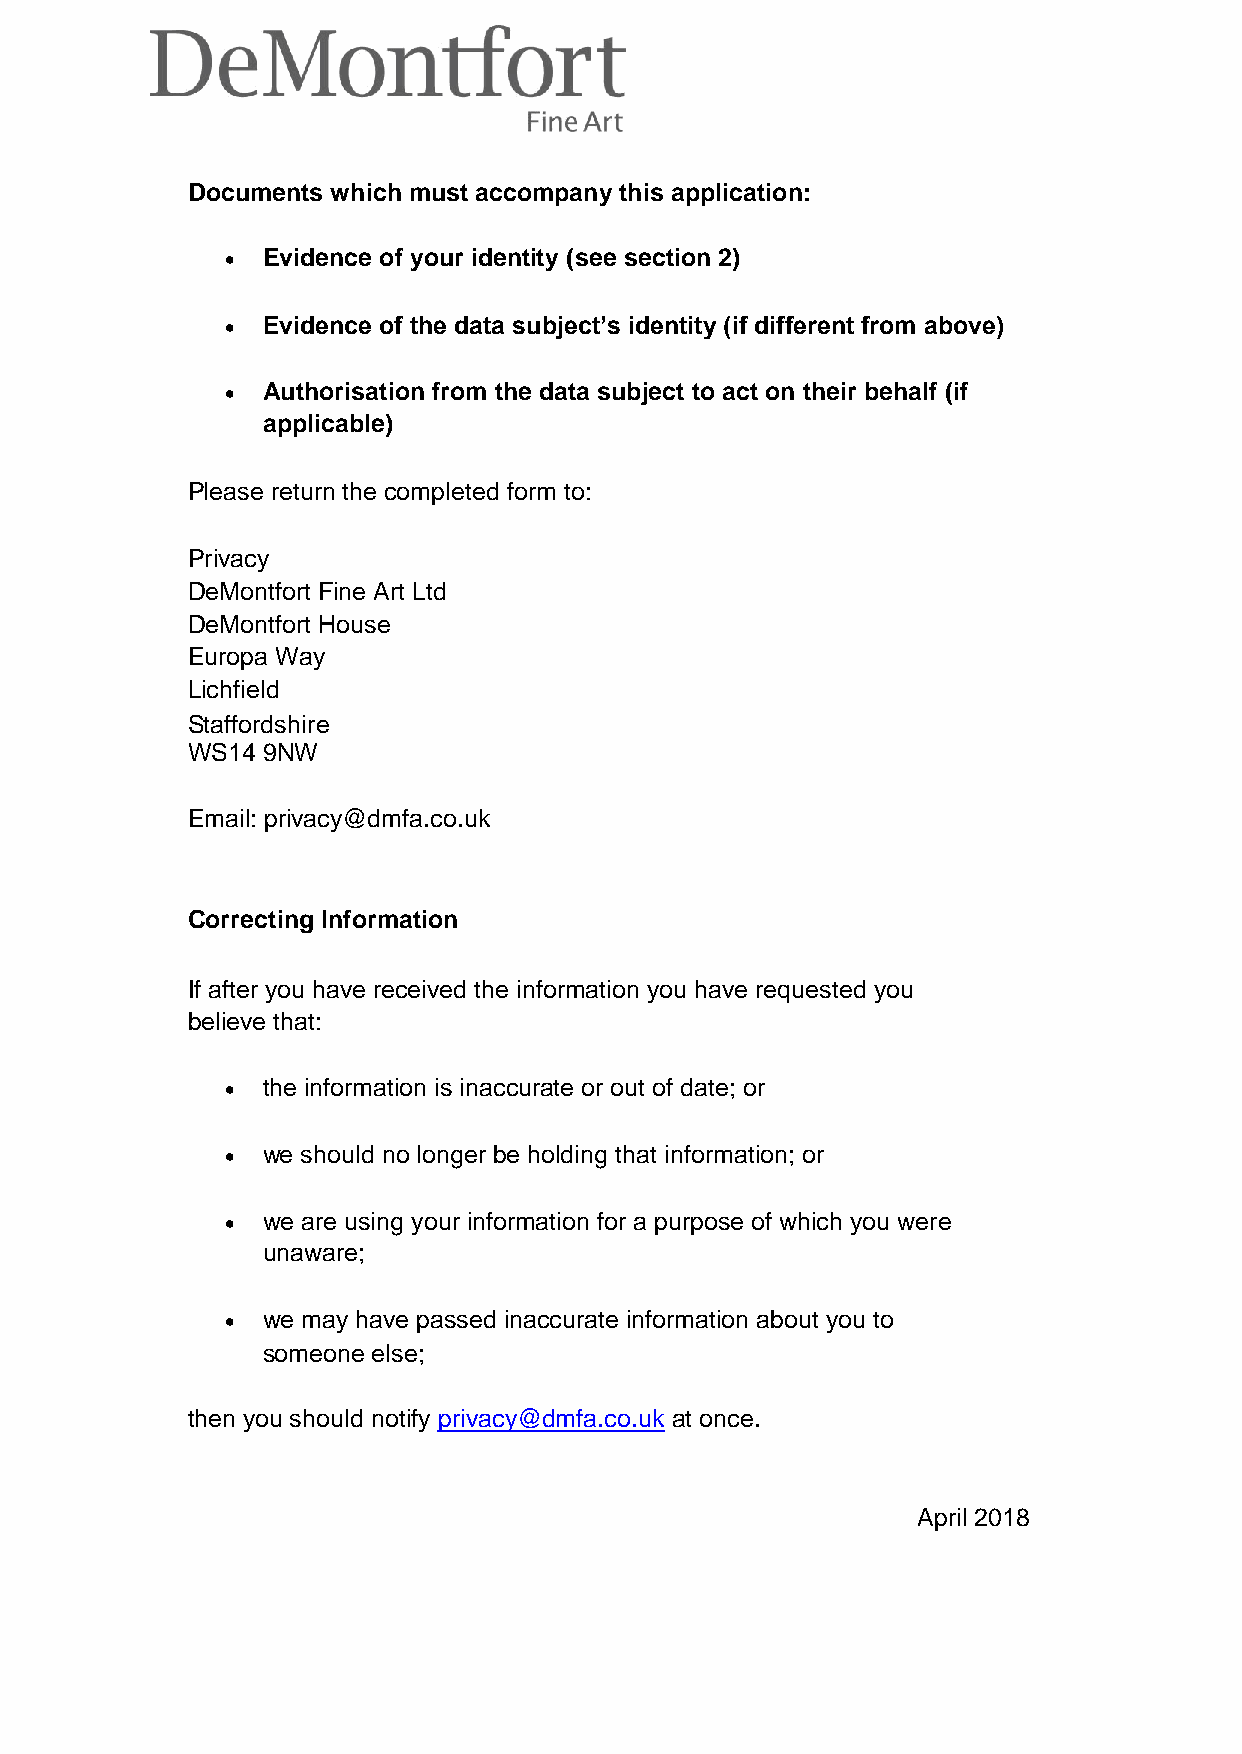
Documents which must accompany this application:
 • Evidence of your identity (see section 2)
 
 • Evidence of the data subject’s identity (if different from above)
 
 • Authorisation from the data subject to act on their behalf (if
 applicable)
 Please return the completed form to:
 Privacy
 DeMontfort Fine Art Ltd
 DeMontfort House
 Europa Way
 Lichfield
 Staffordshire
 WS14 9NW
 Email: privacy@dmfa.co.uk
 Correcting Information
 If after you have received the information you have requested you
 believe that:
 • the information is inaccurate or out of date; or
 
 • we should no longer be holding that information; or
 
 • we are using your information for a purpose of which you were
 unaware;
 
 • we may have passed inaccurate information about you to
 someone else;
 then you should notify privacy@dmfa.co.uk at once.
 April 2018